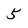
Character: 5